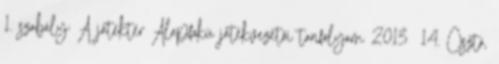
1. szabály: A játéktér Alapfokú játékvezetői tanfolyam 2013 14. Osztó,